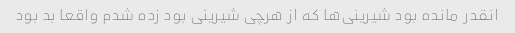
انقدر مانده بود شیرینی‌ها که از هرچی شیرینی بود زده شدم واقعا بد بود